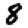
Digit: 8